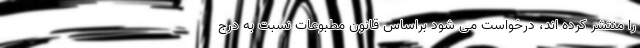
را منتشر کرده اند، درخواست می شود براساس قانون مطبوعات نسبت به درج